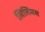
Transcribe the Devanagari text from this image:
लिलिमस